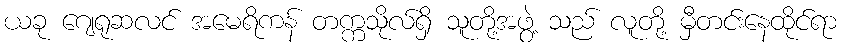
ယခု ဂျေရုဆလင် အမေရိကန် တက္ကသိုလ်ရှိ သူတို့အဖွဲ့ သည် လူတို့ မှီတင်းနေထိုင်ရာ